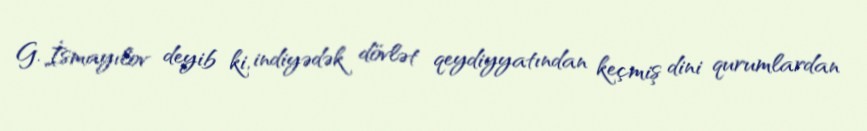
G. İsmayılov deyib ki, indiyədək dövlət qeydiyyatından keçmiş dini qurumlardan